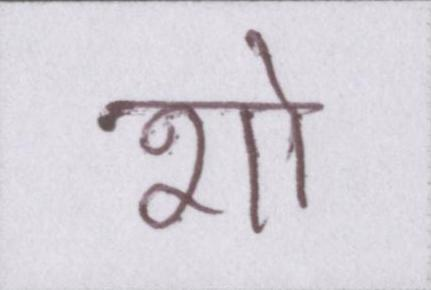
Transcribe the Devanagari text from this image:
शो